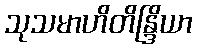
သုသမာဟိတိန္ဒြိယာ